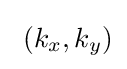
~(k_{x},k_{y})